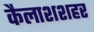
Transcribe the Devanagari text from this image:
कैलाशशहर